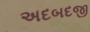
અદબદજી